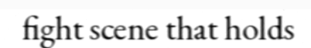
fight scene that holds